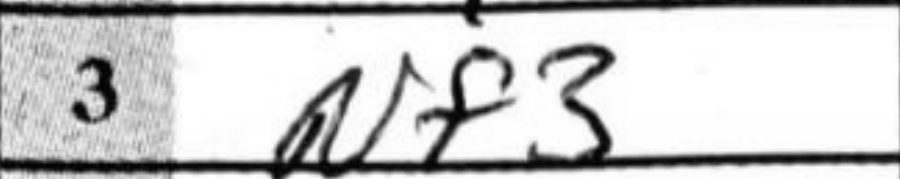
Transcription: Nf3